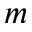
m